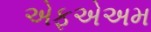
એફએઅમ